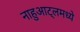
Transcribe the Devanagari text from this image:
नाहुआट्लमध्ये